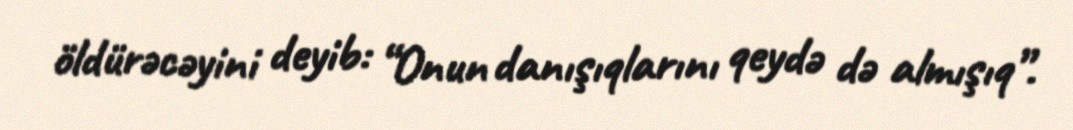
öldürəcəyini deyib: “Onun danışıqlarını qeydə də almışıq”.